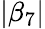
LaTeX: |\beta_{7}|